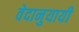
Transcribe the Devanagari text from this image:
वेदानुयायी